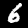
Label: 6